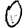
Digit: 0